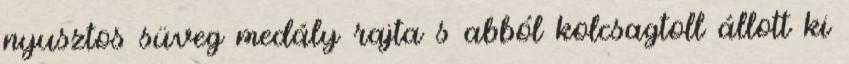
nyusztos süveg medály rajta s abból kolcsagtoll állott ki